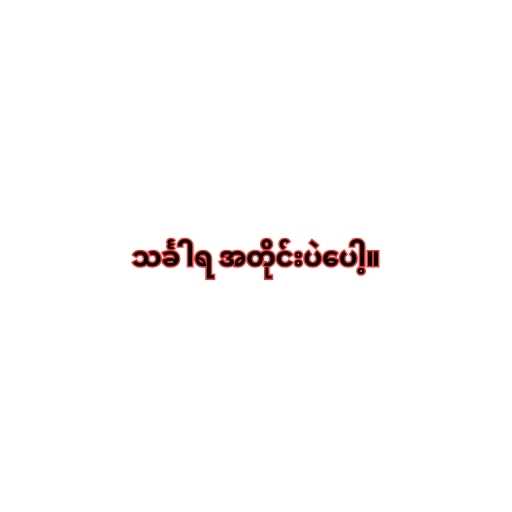
သင်္ခါရ အတိုင်းပဲပေါ့။